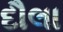
દૌલા